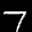
Label: 7